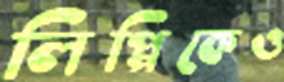
লিপ্পিকেও